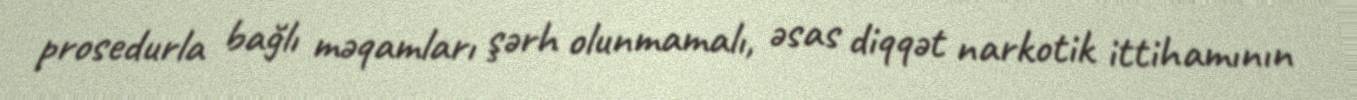
prosedurla bağlı məqamları şərh olunmamalı, əsas diqqət narkotik ittihamının